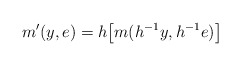
\begin{align*} m'(y,e) = h\big[m(h^{-1}y, h^{-1}e)\big]\end{align*}